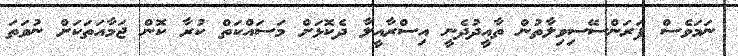
ނަމަވެސް ފަރަންސޭސިވިލާތުން ތާއީދުދެނީ އިސްރާއީލާ ދެކޮޅަށް މަސައްކަތް ކުރާ ކޮން ޖަމާއަތަކަށް ނުވަތަ